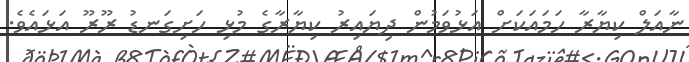
ނާއަލް ކިޔާރާ ހަމައަކަށް އަޅުވަމުން ދިޔައިރު ކިޔާރާގެ މުޅި ހަށިގަނޑު ރޫރޫ އަޅައެވެ.